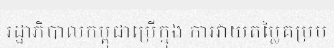
រដ្ឋាភិបាលកម្ពុជាប្រើក្នុង ការវាយតម្លៃគម្រប